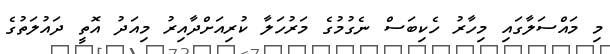
މި މައްސަލާގައި މިހާރު ހެކިބަސް ނެގުމުގެ މަރުހަލާ ކުރިއަށްދާއިރު މިއަދު އޮތީ ދައުލަތުގެ